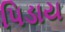
પિડાય